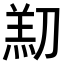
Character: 𫦑